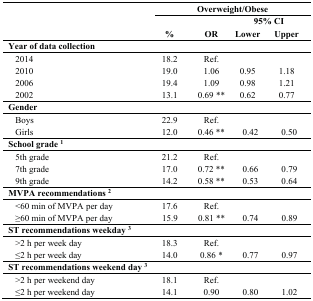
|  | <COLSPAN=4> Overweight/Obese |
 | <ROWSPAN=2>  |  |  | <COLSPAN=2> 95% CI |
 | % | OR | Lower | Upper |
 | --- | --- | --- | --- | --- |
 | Year of data collection |  |  |  |  |
 | 2014 | 18.2 | Ref. |  |  |
 | 2010 | 19.0 | 1.06 | 0.95 | 1.18 |
 | 2006 | 19.4 | 1.09 | 0.98 | 1.21 |
 | 2002 | 13.1 | 0.69 ** | 0.62 | 0.77 |
 | Gender |  |  |  |  |
 | Boys | 22.9 | Ref. |  |  |
 | Girls | 12.0 | 0.46 ** | 0.42 | 0.50 |
 | School grade 1 |  |  |  |  |
 | 5th grade | 21.2 | Ref. |  |  |
 | 7th grade | 17.0 | 0.72 ** | 0.66 | 0.79 |
 | 9th grade | 14.2 | 0.58 ** | 0.53 | 0.64 |
 | MVPA recommendations 2 |  |  |  |  |
 | <60 min of MVPA per day | 17.6 | Ref. |  |  |
 | ≥60 min of MVPA per day | 15.9 | 0.81 ** | 0.74 | 0.89 |
 | ST recommendations weekday 3 |  |  |  |  |
 | >2 h per week day | 18.3 | Ref. |  |  |
 | ≤2 h per week day | 14.0 | 0.86 * | 0.77 | 0.97 |
 | ST recommendations weekend day 3 |  |  |  |  |
 | >2 h per weekend day | 18.1 | Ref. |  |  |
 | ≤2 h per weekend day | 14.1 | 0.90 | 0.80 | 1.02 |